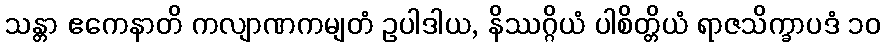
သန္တာ ဧကေနာတိ ကလျာဏကမျတံ ဥပါဒါယ, နိဿဂ္ဂိယံ ပါစိတ္တိယံ ရာဇသိက္ခာပဒံ ၁၀